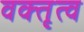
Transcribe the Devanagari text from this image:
वक्‍तृत्व